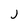
Character: J